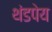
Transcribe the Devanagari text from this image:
थंडपेय